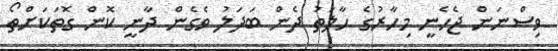
ވިސްނަން ޖެހެނީ މިހާރުގެ ހާލަތު ދެން ބަދަލު ވެގެން ދާނީ ކޮން ގޮތަކަށްތޯ